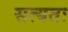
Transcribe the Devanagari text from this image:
सत्यतः